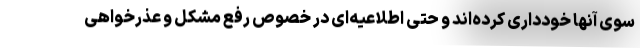
سوی آنها خودداری کرده‌اند و حتی اطلاعیه‌ای در خصوص رفع مشکل و عذرخواهی